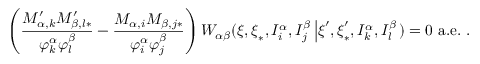
\left( \frac { M _ { \alpha , k } ^ { \prime } M _ { \beta , l \ast } ^ { \prime } } { \varphi _ { k } ^ { \alpha } \varphi _ { l } ^ { \beta } } - \frac { M _ { \alpha , i } M _ { \beta , j \ast } } { \varphi _ { i } ^ { \alpha } \varphi _ { j } ^ { \beta } } \right) W _ { \alpha \beta } ( \boldsymbol { \xi } , \boldsymbol { \xi } _ { \ast } , I _ { i } ^ { \alpha } , I _ { j } ^ { \beta } \left\vert \boldsymbol { \xi } ^ { \prime } , \boldsymbol { \xi } _ { \ast } ^ { \prime } , I _ { k } ^ { \alpha } , I _ { l } ^ { \beta } \right. ) = 0 \mathrm { ~ a . e . ~ } .